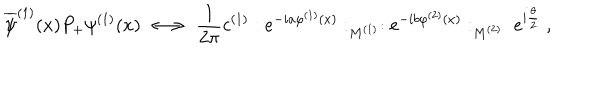
LaTeX: \overline { { { \psi } } } ^ { ( 1 ) } ( x ) P _ { + } \psi ^ { ( 1 ) } ( x ) \; \longleftrightarrow \; \frac { 1 } { 2 \pi } c ^ { ( 1 ) } : e ^ { - i a \varphi ^ { ( 1 ) } ( x ) } : _ { M ^ { ( 1 ) } } : e ^ { - i b \varphi ^ { ( 2 ) } ( x ) } : _ { M ^ { ( 2 ) } } \; e ^ { i \frac { \theta } { 2 } } \; ,